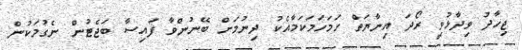
ޖިހާދު ވިދާޅުވީ ރޯދަ އިނާޔަތް ހަމަހަމަކަމާއެކު ދިނުމަށް ބޭނުންވާ ފައިސާ ބަޖެޓުން ނެގުމަކުން